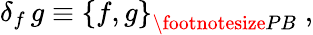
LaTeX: \delta_{f}\, g\equiv\left\{ f,g\right\} _{{\footnotesize PB}}\; ,